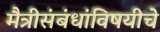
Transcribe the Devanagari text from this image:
मैत्रीसंबंधांविषयीचे